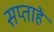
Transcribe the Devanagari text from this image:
सप्ताहे